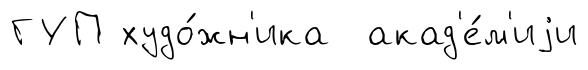
ГУП худо́жн'ика акад'е́м'иjи